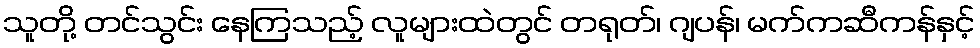
သူတို့ တင်သွင်း နေကြသည့် လူများထဲတွင် တရုတ်၊ ဂျပန်၊ မက်ကဆီကန်နှင့်